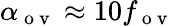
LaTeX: \alpha_{\mathrm{~o~v~}}\approx 10f_{\mathrm{~o~v~}}